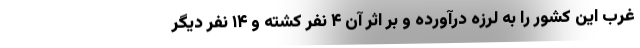
غرب این کشور را به لرزه درآورده و بر اثر آن ۴ نفر کشته و ۱۴ نفر دیگر